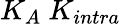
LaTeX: K_{A}\ K_{intra}